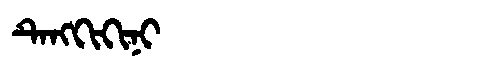
Manchu: ᡨᡝᠩᡴᡳᡴᡳᠨᡳ
Romanization: TENGKIKINI